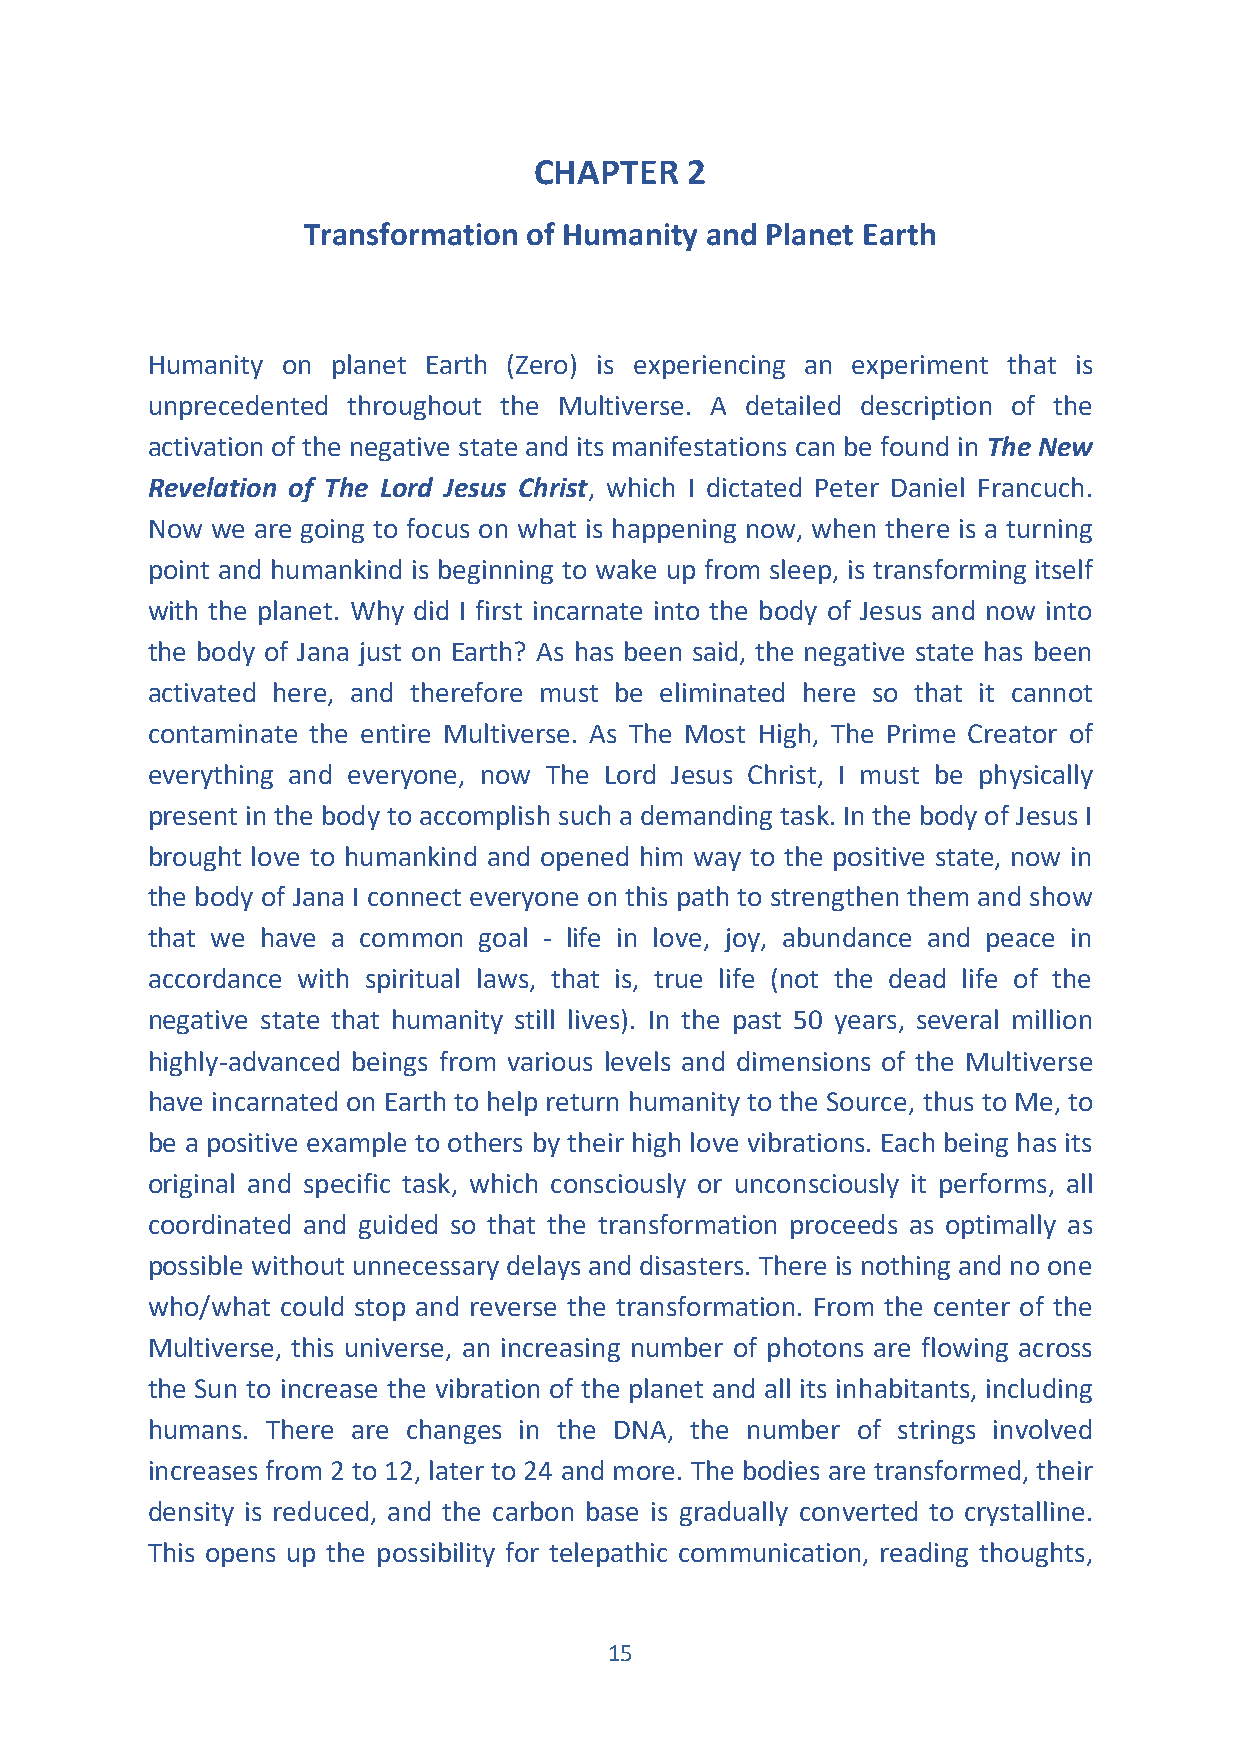
CHAPTER   2
 Transformation of Humanity and Planet Earth
 Humanity on planet Earth (Zero) is experiencing an experiment that is
 unprecedented throughout the Multiverse. A detailed description of the
 activation of the negative state and its manifestations can be found in The New
 Revelation of The Lord Jesus Christ, which I dictated Peter Daniel Francuch.
 Now we are going to focus on what is happening now, when there is a turning
 point and humankind is beginning to wake up from sleep, is transforming itself
 with the planet. Why did I first incarnate into the body of Jesus and now into
 the body of Jana just on Earth? As has been said, the negative state has been
 activated here, and therefore must be eliminated here so that it cannot
 contaminate the entire Multiverse. As The Most High, The Prime Creator of
 everything and everyone, now The Lord Jesus Christ, I must be physically
 present in the body to accomplish such a demanding task. In the body of Jesus I
 brought love to humankind and opened him way to the positive state, now in
 the body of Jana I connect everyone on this path to strengthen them and show
 that we have a common goal - life in love, joy, abundance and peace in
 accordance with spiritual laws, that is, true life (not the dead life of the
 negative state that humanity still lives). In the past 50 years, several million
 highly-advanced beings from various levels and dimensions of the Multiverse
 have incarnated on Earth to help return humanity to the Source, thus to Me, to
 be a positive example to others by their high love vibrations. Each being has its
 original and specific task, which consciously or unconsciously it performs, all
 coordinated and guided so that the transformation proceeds as optimally as
 possible without unnecessary delays and disasters. There is nothing and no one
 who/what could stop and reverse the transformation. From the center of the
 Multiverse, this universe, an increasing number of photons are flowing across
 the Sun to increase the vibration of the planet and all its inhabitants, including
 humans. There are changes in the DNA, the number of strings involved
 increases from 2 to 12, later to 24 and more. The bodies are transformed, their
 density is reduced, and the carbon base is gradually converted to crystalline.
 This opens up the possibility for telepathic communication, reading thoughts,
 15